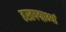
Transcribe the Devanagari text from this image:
हस्तपद्माभ्यां